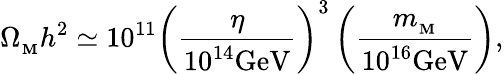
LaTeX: \Omega_{_\mathbf{M}}h^{2}\simeq10^{11}\left({\frac{{\eta}}{{10^{14}\mathrm{{GeV}}}}}\right)^{3}\left({\frac{{m_{_\mathbf{M}}}}{{10^{16}\mathrm{{GeV}}}}}\right),